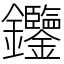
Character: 𨰹